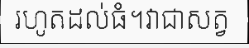
រហូតដល់ធំ។វាជាសត្វ